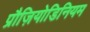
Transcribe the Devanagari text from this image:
प्रौज़ियोडिनियम